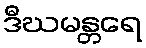
ဒီဃမန္တရေ